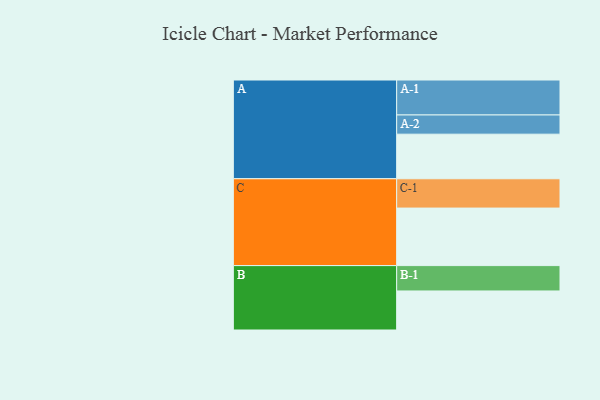
{"axis": {"x": "Segment", "y": "Value"}, "legend": ["", "A", "B", "C"], "data": [{"x": "A", "y": 371, "type": ""}, {"x": "B", "y": 325, "type": ""}, {"x": "C", "y": 479, "type": ""}, {"x": "A-1", "y": 291, "type": "A"}, {"x": "A-2", "y": 160, "type": "A"}, {"x": "B-1", "y": 211, "type": "B"}, {"x": "C-1", "y": 244, "type": "C"}]}